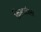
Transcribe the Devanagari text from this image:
क्रिस्टाटेला